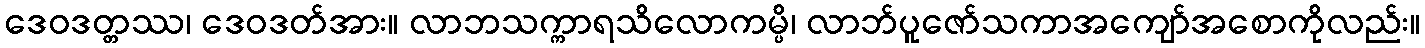
ဒေဝဒတ္တဿ၊ ဒေဝဒတ်အား။ လာဘသက္ကာရသိလောကမ္ပိ၊ လာဘ်ပူဇော်သကာအကျော်အစောကိုလည်း။